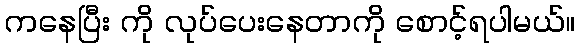
ကနေပြီး ကို လုပ်ပေးနေတာကို စောင့်ရပါမယ်။